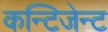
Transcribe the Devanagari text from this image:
कन्टिजेन्ट